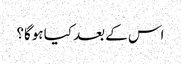
اس کے بعد کیا ہوگا؟